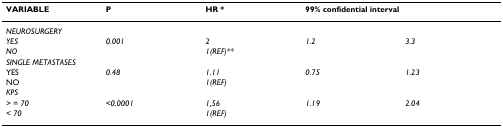
<table><thead><tr><td><b>VARIABLE</b></td><td><b>P</b></td><td><b>HR *</b></td><td colspan="2"><b>99% confidential interval</b></td></tr></thead><tbody><tr><td><i>NEUROSURGERY</i></td><td></td><td></td><td></td><td></td></tr><tr><td><i>YES</i></td><td><i>0.001</i></td><td><i>2</i></td><td><i>1.2</i></td><td><i>3.3</i></td></tr><tr><td><i>NO</i></td><td></td><td><i>1(REF)**</i></td><td></td><td></td></tr><tr><td><i>SINGLE METASTASES</i></td><td></td><td></td><td></td><td></td></tr><tr><td>YES</td><td><i>0.48</i></td><td><i>1.11</i></td><td><i>0.75</i></td><td><i>1.23</i></td></tr><tr><td>NO</td><td></td><td><i>1(REF)</i></td><td></td><td></td></tr><tr><td><i>KPS</i></td><td></td><td></td><td></td><td></td></tr><tr><td><i>&gt; = 70</i></td><td><i>&lt;0.0001</i></td><td><i>1,56</i></td><td><i>1.19</i></td><td><i>2.04</i></td></tr><tr><td><i>&lt; 70</i></td><td></td><td><i>1(REF)</i></td><td></td><td></td></tr></tbody></table>